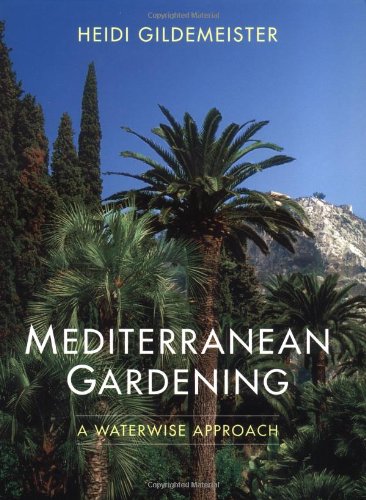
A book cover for Mediterranean Gardening: A Waterwise Approach; Heidi Gildemeister; Crafts, Hobbies & Home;